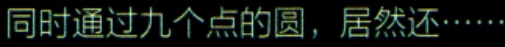
同时通过九个点的圆，居然还……